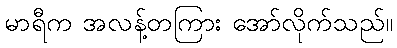
မာရီက အလန့်တကြား အော်လိုက်သည်။